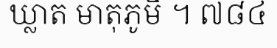
ឃ្លាត មាតុភូមិ ។ ៧៨៤